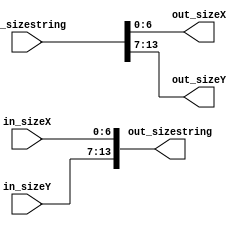
`timescale 1ns / 1ps
//////////////////////////////////////////////////////////////////////////////////
// Company: 
// Engineer: 
// 
// Design Name: 
// Module Name: 1d_to_2d_size
// Project Name: 
// Target Devices: 
// Tool Versions: 
// Description: 
// 
// Dependencies: 
// 
// Revision:
// Revision 0.01 - File Created
// Additional Comments:
// 
//////////////////////////////////////////////////////////////////////////////////


module Oned_to_2d_size(
    input  [6:0]  in_sizeX,
    input  [6:0]  in_sizeY,
    input  [13:0] in_sizestring,
    output [6:0]  out_sizeX,
    output [6:0]  out_sizeY,
    output [13:0] out_sizestring
    );

    assign out_sizeX = in_sizestring [6:0];
    assign out_sizeY = in_sizestring [13:7];
    assign out_sizestring [6:0] = in_sizeX;
    assign out_sizestring [13:7] = in_sizeY;

endmodule